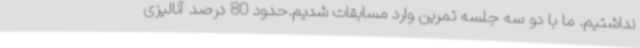
نداشتیم. ما با دو سه جلسه تمرین وارد مسابقات شدیم.حدود 80 درصد آنالیزی